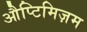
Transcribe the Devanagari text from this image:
औप्टिमिज़म